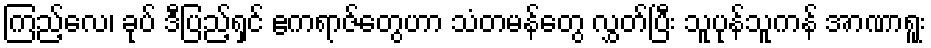
ကြည့်လေ၊ ခုပ် ဒီပြည့်ရှင် ဧကရာဇ်တွေဟာ သံတမန်တွေ လွှတ်ပြီး သူပုန်သူကန် အာဏာရူး